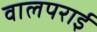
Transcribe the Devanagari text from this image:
वालपराई